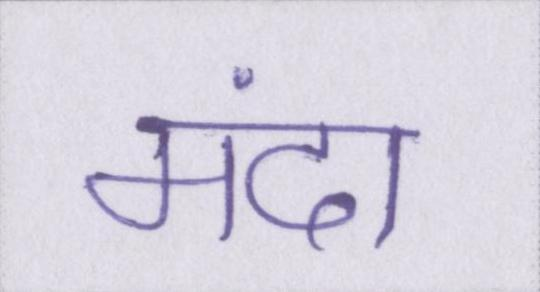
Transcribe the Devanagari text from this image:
मंदा